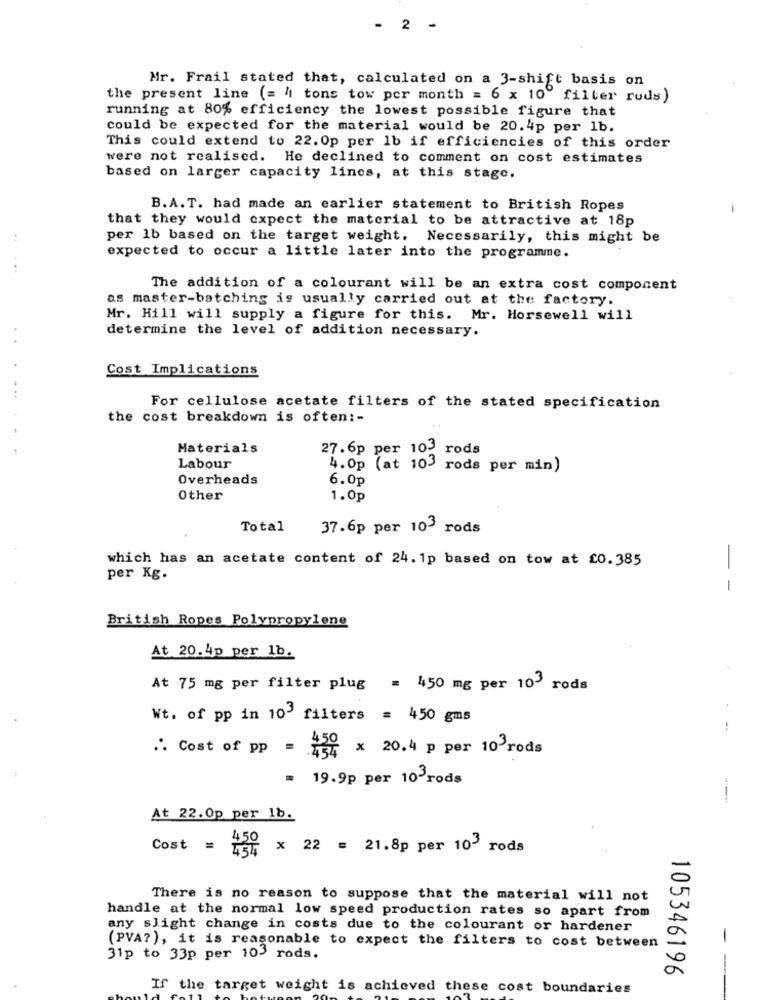
- 2 -
Mr. Frail stated that, calculated on a 3-shift basis on
the present line (= " tons tow per month = 6 x 10 filter ruds)
running at 80% efficiency the lowest possible figure that
could be expected for the material would be 20.4p per 1b.
This could extend to 22. 0p per lb if efficiencies of this order
were not realised. He declined to comment on cost estimates
based on larger capacity lines, at this stage.
B.A.T. had made an earlier statement to British Ropes
-
that they would expect the material to be attractive at 18p
per lb based on the target weight. Necessarily, this might be
expected to occur a little later into the programme.
The addition of a colourant will be an extra cost component
as master-batching is usually carried out at the factory.
Mr. Hill will supply a figure for this. Mr. Horsewell will
determine the level of addition necessary.
Cost Implications
For cellulose acetate filters of the stated specification
the cost breakdown is often :-
Materials
27.6p per 10- rods
Labour
4.Op (at 103 rods per min)
Overheads
6.0p
Other
1.0p
Total
37.6p per 103 rods
which has an acetate content of 24. 1p based on tow at £0.385
-
per Kg.
-
British Ropes Polypropylene
At 20.4p per 1b.
At 75 mg per filter plug = 450 mg per 103 rods
Wt. of pp in 10' filters = 450 gms
.. Cost of pp = = x 20.4 p per 10 rods
= 19.9p per 10>rods
At 22.0p per 1b.
Cost =
x 22 = 21.8p per 10" rods
There is no reason to suppose that the material will not
handle at the normal low speed production rates so apart from
any slight change in costs due to the colourant or hardener
-
(PVA?), it is reasonable to expect the filters to cost between
31p to 33p per 103 rods.
105346196
-
If the target weight is achieved these cost boundaries